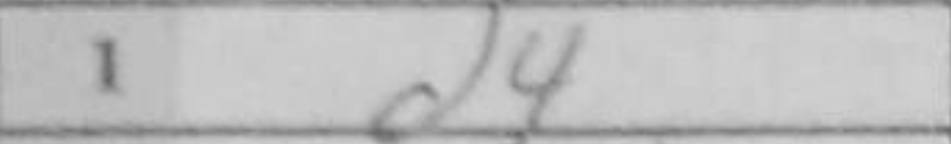
Transcription: d4